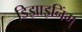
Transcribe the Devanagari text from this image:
डिझाइनिंग्